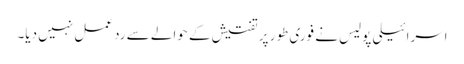
اسرائیلی پولیس نے فوری طور پر تفتیش کے حوالے سے رد عمل نہیں دیا۔